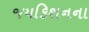
જયકિશનના